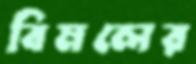
বিমলের